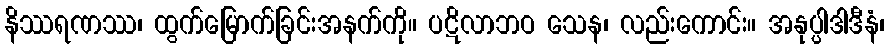
နိဿရဏဿ၊ ထွက်မြောက်ခြင်းအနက်ကို။ ပဋိလာဘဝ သေန၊ လည်းကောင်း။ အနုပ္ပါဒါဒီနံ၊